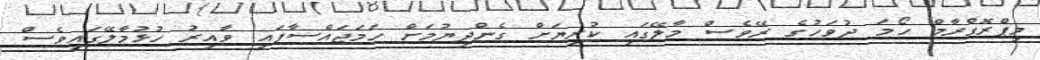
މިޕްރޮގްރާމް ހޯމަ ދުވަހުގެ ރޭވެސް މާލޭގައި ކުރިޔަށް ގެންދިޔުމަށް ހަމަޖައްސާފައި ވާއިރު ހުޅުމާލޭގައިވެސް